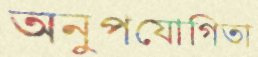
অনুপযোগিতা